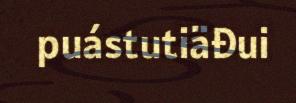
puástutiäđui